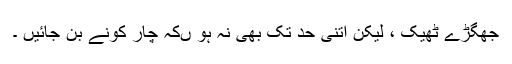
جھگڑے ٹھیک ، لیکن اتنی حد تک بھی نہ ہو ںکہ چار کونے بن جائیں ۔